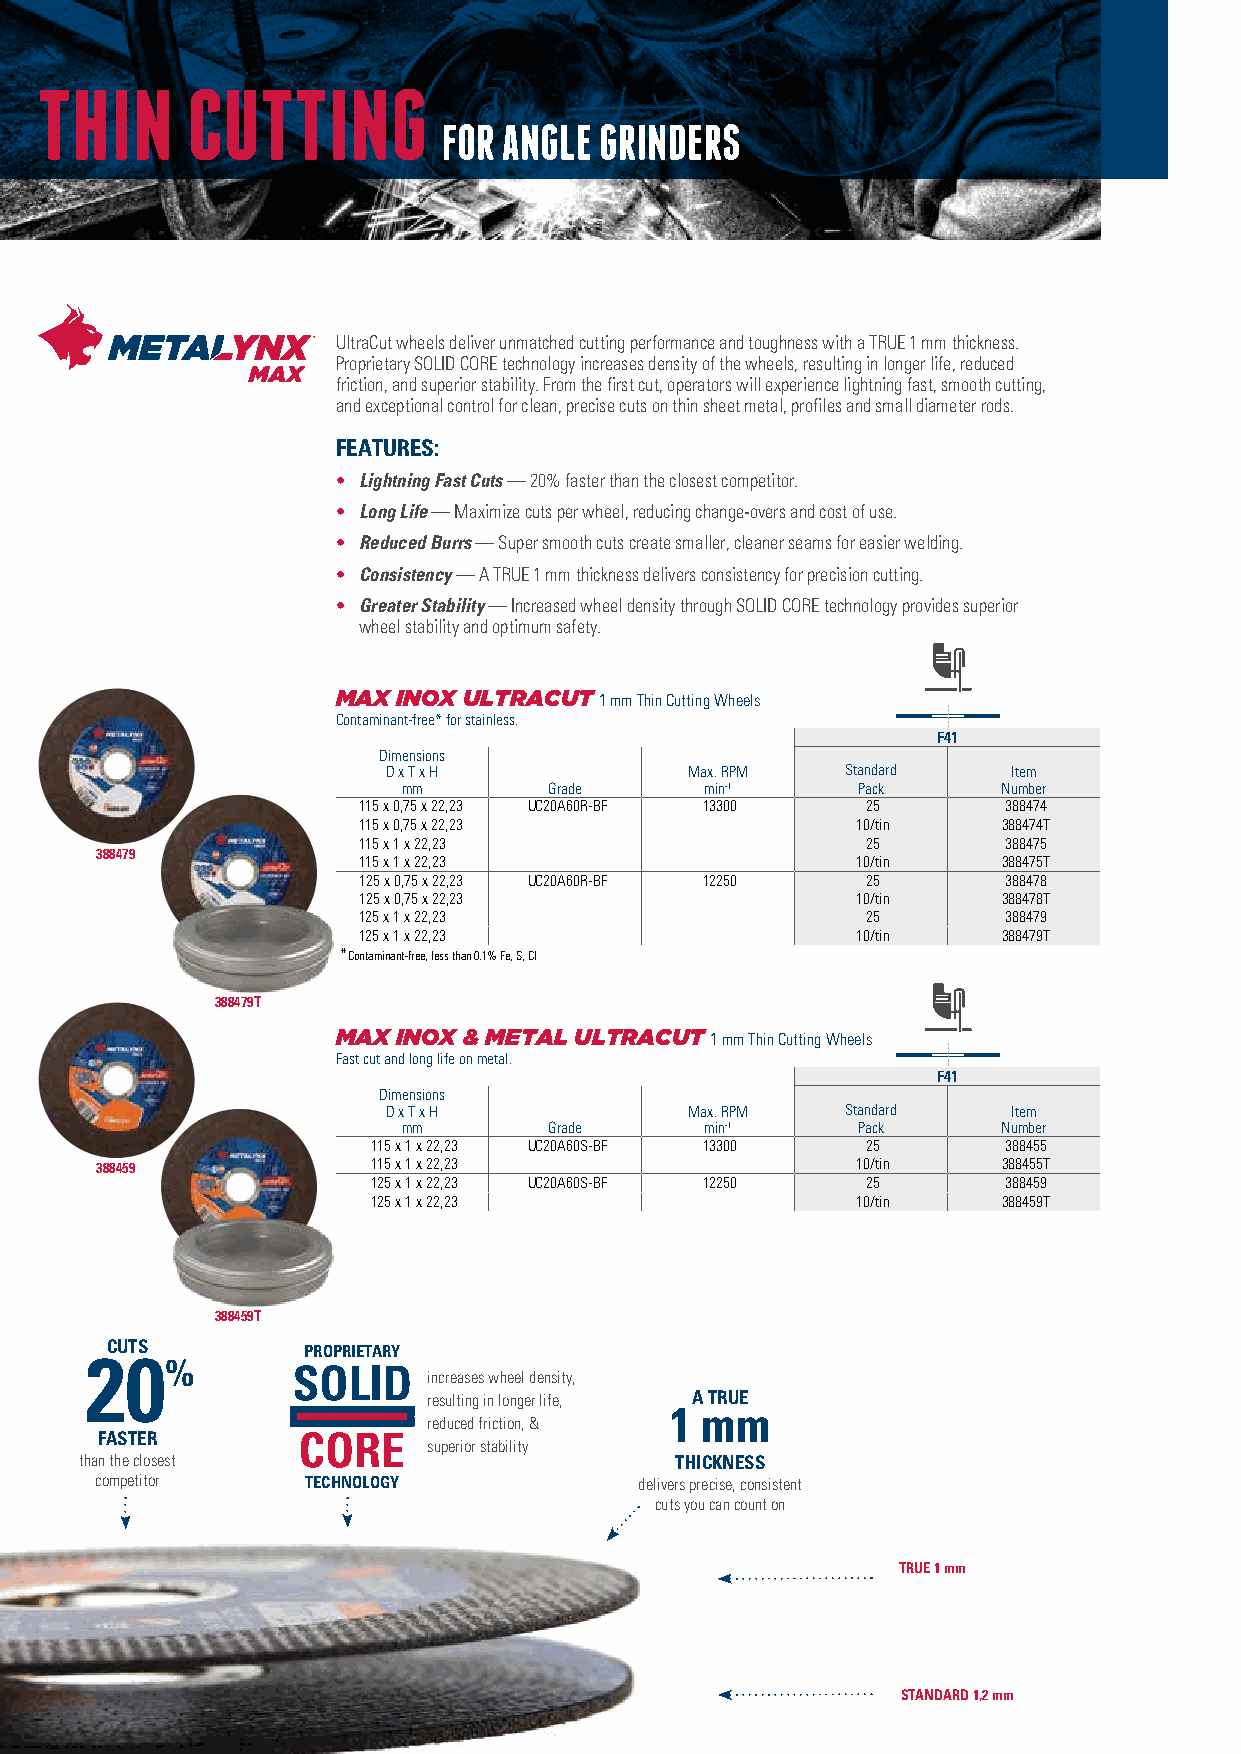
THIN      CUTTING
 FOR ANGLE  GRINDERS
 UltraCut wheels deliver unmatched cutting performance and toughness with a TRUE 1 mm thickness.
 Proprietary SOLID CORE technology increases density of the wheels, resulting in longer life, reduced
 friction, and superior stability. From the first cut, operators will experience lightning fast, smooth cutting,
 and exceptional control for clean, precise cuts on thin sheet metal, profiles and small diameter rods.
 FEATURES:
 • Lightning Fast Cuts — 20% faster than the closest competitor.
 • Long Life — Maximize cuts per wheel, reducing change-overs and cost of use.
 • Reduced Burrs — Super smooth cuts create smaller, cleaner seams for easier welding.
 • Consistency — A TRUE 1 mm thickness delivers consistency for precision cutting.
 • Greater Stability — Increased wheel density through SOLID CORE technology provides superior
 wheel stability and optimum safety.
 MAX INOX ULTRACUT 1 mm Thin Cutting Wheels
 Contaminant-free* for stainless.
 F41
 Dimensions
 D x T x H           Max. RPM  Standard   Item
 mm       Grade      min-1     Pack     Number
 115 x 0,75 x 22,23 UC20A60R-BF 13300 25   388474
 115 x 0,75 x 22,23               10/tin   388474T
 115 x 1 x 22,23                  25       388475
 388479
 115 x 1 x 22,23                  10/tin   388475T
 125 x 0,75 x 22,23 UC20A60R-BF 12250 25   388478
 125 x 0,75 x 22,23               10/tin   388478T
 125 x 1 x 22,23                  25       388479
 125 x 1 x 22,23                  10/tin   388479T
 *Contaminant-free, less than 0.1% Fe, S, Cl
 388479T
 MAX INOX & METAL ULTRACUT 1 mm Thin Cutting Wheels
 Fast cut and long life on metal.
 F41
 Dimensions
 D x T x H           Max. RPM  Standard   Item
 mm       Grade      min-1     Pack     Number
 115 x 1 x 22,23 UC20A60S-BF 13300 25     388455
 388459             115 x 1 x 22,23                 10/tin   388455T
 125 x 1 x 22,23 UC20A60S-BF 12250 25     388459
 125 x 1 x 22,23                 10/tin   388459T
 388459T
 CUTS         PROPRIETARY
 20%
 increases wheel density,
 resulting in longer life, A TRUE
 1 mm
 reduced friction, &
 FASTER
 superior stability
 than the closest                        THICKNESS
 competitor    TECHNOLOGY            delivers precise, consistent
 cuts you can count on
 TRUE 1 mm
 8                                                         STANDARD 1,2 mm